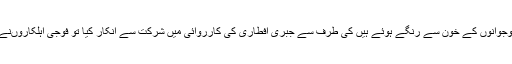
محمد یاسین ملک نے اپنے بیان میں کہاکہ جب شوپیان کے عوام نے بھارتی فوجیوںجن کے ہاتھ کشمیری نوجوانوں کے خون سے رنگے ہوئے ہیں کی طرف سے جبری افطاری کی کارروائی میں شرکت سے انکار کیا تو فوجی اہلکاروںنے ان پر گولیوں اور پیلٹ گنوں کی بارش کر دی جس سے کشمیری طالبات سمیت متعد د افرادزخمی ہوگئے۔